Report on the working of the Ranchi Indian Mental Hospital, Kanke, in Bihar and Orissa - 1930-1940
Year: 1930
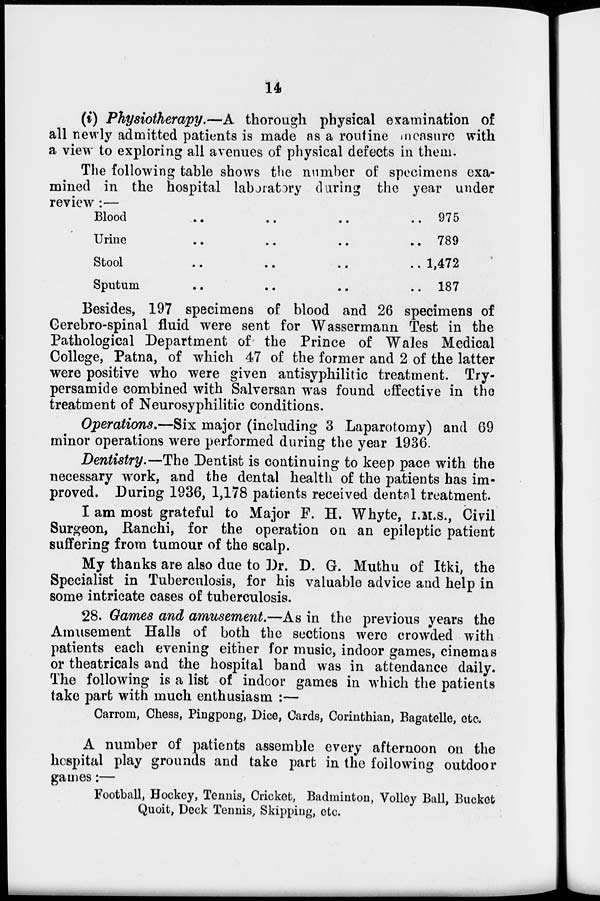
14
(i) Physiotherapy.—A thorough physical examination of
all newly admitted patients is made as a routine measure with
a view to exploring all avenues of physical defects in them-
The following table shows the number of specimens exa-
mined in the hospital laboratory during the year under
review :—
Blood .. .. .. ..
Urine
..
..
..
..
Stool
..
..
..
..
Sputum .. .. .. ..
975
789
1,472
187
Besides, 197 specimens of blood and 26 specimens of
Cerebro-spinal fluid were sent for Wassermann Test in the
Pathological Department of the Prince of Wales Medical
College, Patna, of which 47 of the former and 2 of the latter
were positive who were given antisyphilitic treatment. Try-
persamide combined with Salversan was found effective in the
treatment of Neurosyphilitic conditions.
Operations.—Six major (including 3 Laparotomy) and 69
minor operations were performed during the year 1936.
Dentistry.—The Dentist is continuing to keep pace with the
necessary work, and the dental health of the patients has im-
proved. During 1936, 1,178 patients received dental treatment.
I am most grateful to Major F. H. Whyte, I.M.S., Civil
Surgeon, Ranchi, for the operation on an epileptic patient
suffering from tumour of the scalp.
My thanks are also due to Dr. D. G. Muthu of Itki, the
Specialist in Tuberculosis, for his valuable advice and help in
some intricate cases of tuberculosis.
28. Games and amusement.—As in the previous years the
Amusement Halls of both the sections were crowded with
patients each evening either for music, indoor games, cinemas
or theatricals and the hospital band was in attendance daily.
The following is a list of indoor games in which the patients
take part with much enthusiasm :—
Carrom, Chess, Pingpong, Dice, Cards, Corinthian, Bagatelle, etc.
A number of patients assemble every afternoon on the
hospital play grounds and take part in the following outdoor
games:—
Football, Hockey, Tennis, Cricket, Badminton, Volley Ball, Bucket
Quoit, Deck Tennis, Skipping, etc.